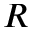
R